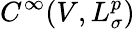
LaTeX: C^{\infty}(V,L_{\sigma}^{p})